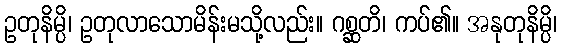
ဥတုနိမ္ပိ၊ ဥတုလာသောမိန်းမသို့လည်း။ ဂစ္ဆတိ၊ ကပ်၏။ အနုတုနိမ္ပိ၊